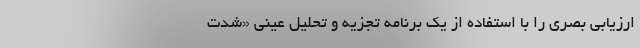
ارزیابی بصری را با استفاده از یک برنامه تجزیه‌ و تحلیل عینی «شدت